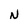
Character: N